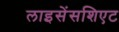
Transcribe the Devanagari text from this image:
लाइसेंसशिएट